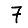
Digit: 7